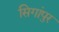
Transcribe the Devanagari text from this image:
सिगांपुर